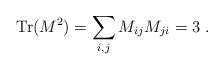
LaTeX: \begin{align*}\operatorname{Tr}(M^2)=\sum_{i,j} M_{ij} M_{ji} = 3\;.\end{align*}